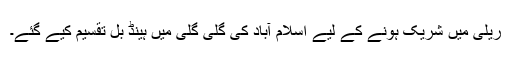
ریلی میں شریک ہونے کے لیے اسلام آباد کی گلی گلی میں ہینڈ بل تقسیم کیے گئے۔